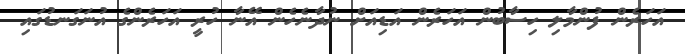
އަހަރެން ފުންމާލި ހިސާބުން އަހަރެން އަޑިއަށް ނުދާނެހެން އޭނާ ހުރީ އަހަރެންގެ އުނަގަނޑުގައި